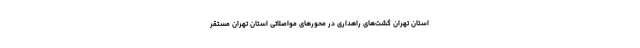
استان ‌تهران گشت‌های راهداری در محورهای مواصلاتی استان تهران مستقر